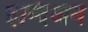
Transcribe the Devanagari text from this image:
इन्दिअन